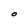
Character: O